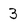
Character: 3